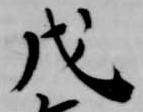
戊